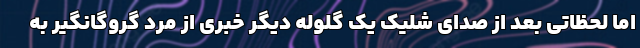
اما لحظاتی بعد از صدای شلیک یک گلوله دیگر خبری از مرد گروگانگیر به